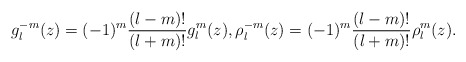
\begin{align*}g_l^{-m}(z)=(-1)^m\frac{(l-m)!}{(l+m)!}g_l^m(z),\rho_l^{-m}(z)=(-1)^m\frac{(l-m)!}{(l+m)!}\rho_l^m(z).\end{align*}